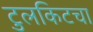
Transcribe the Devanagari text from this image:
टुलकिटचा